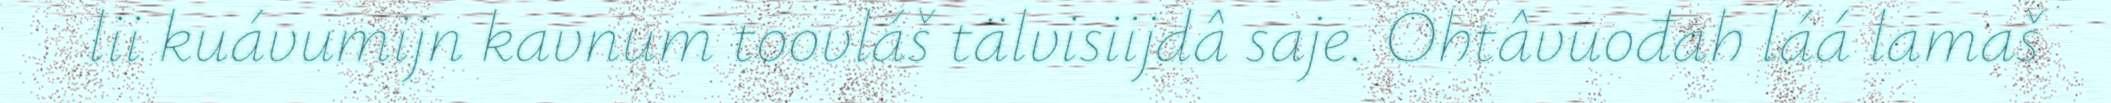
lii kuávumijn kavnum toovláš tälvisiijdâ saje. Ohtâvuođah láá lamaš